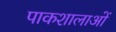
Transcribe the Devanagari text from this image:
पाकशालाओं